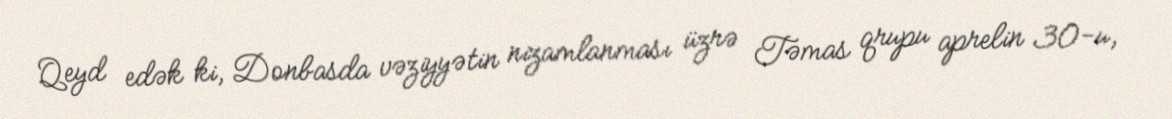
Qeyd edək ki, Donbasda vəziyyətin nizamlanması üzrə Təmas qrupu aprelin 30-u,